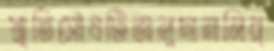
স্মৃতিসৌধটিঅনুদাননির্